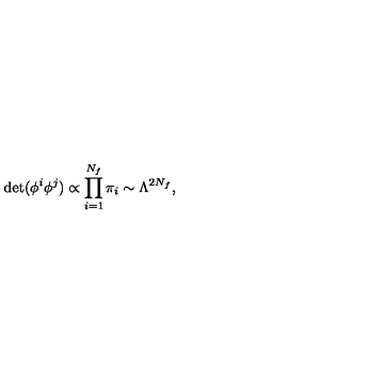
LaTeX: \det ( \phi ^ { i } \phi ^ { j } ) \propto \prod _ { i = 1 } ^ { N _ { f } } \pi _ { i } \sim \Lambda ^ { 2 N _ { f } } ,